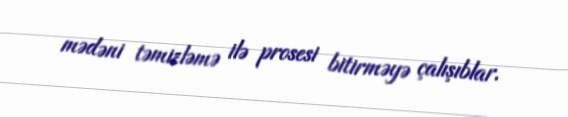
mədəni təmizləmə ilə prosesi bitirməyə çalışıblar.